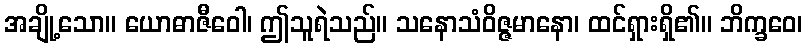
အချို့သော။ ယောဓာဇီဝေါ၊ ဤသူရဲသည်။ သနောသံဝိဇ္ဇမာနော၊ ထင်ရှားရှိ၏။ ဘိက္ခဝေ၊